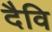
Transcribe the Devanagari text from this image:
दैवि